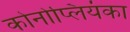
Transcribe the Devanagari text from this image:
कोनोप्लियंका